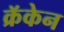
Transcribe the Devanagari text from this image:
क्रॅकेन